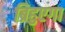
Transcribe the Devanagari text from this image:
ब्रिहुएगा